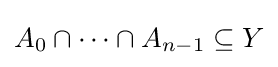
A_{0}\cap \dots \cap A_{n-1}\subseteq Y